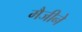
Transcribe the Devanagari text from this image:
मैजीने